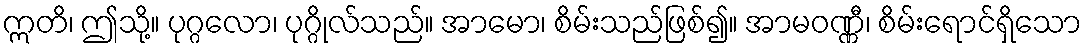
ဣတိ၊ ဤသို့။ ပုဂ္ဂလော၊ ပုဂ္ဂိုလ်သည်။ အာမော၊ စိမ်းသည်ဖြစ်၍။ အာမဝဏ္ဏီ၊ စိမ်းရောင်ရှိသော